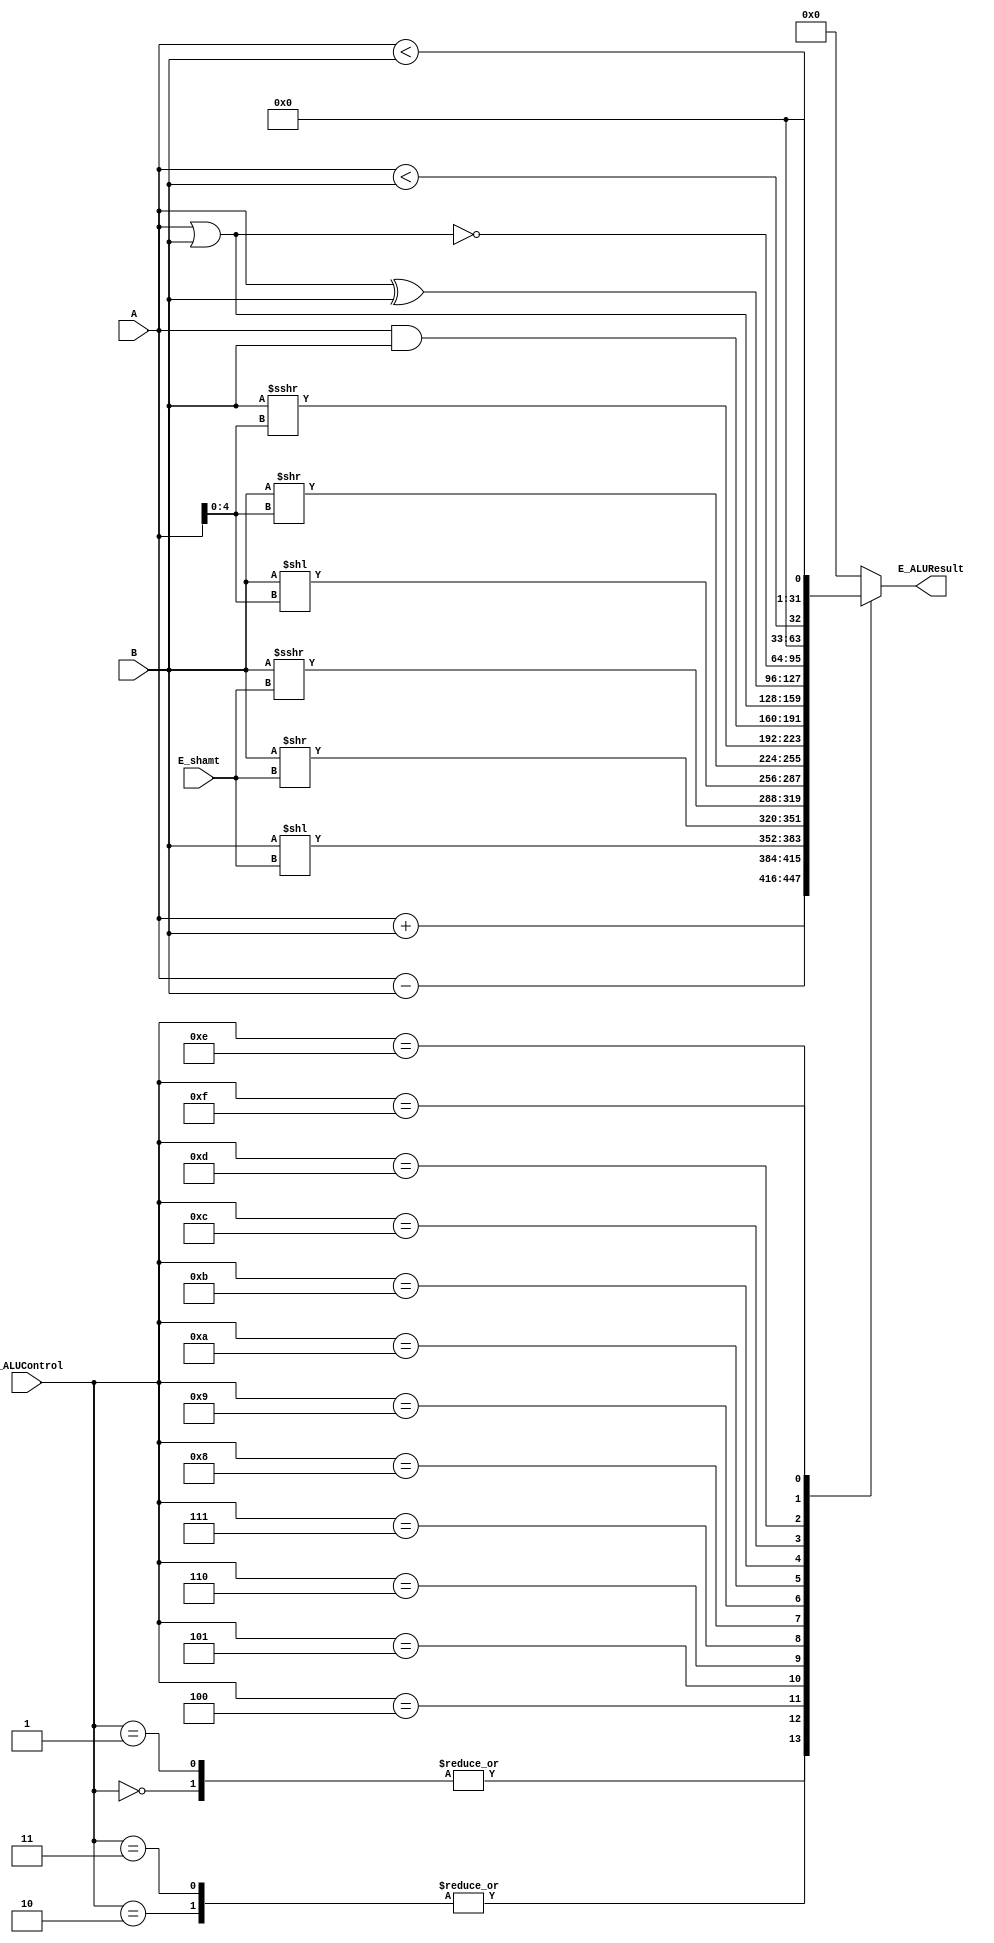
module E_ALU(
    input [31:0] A,
    input [31:0] B,
    input [4:0] E_ALUControl,
    input [4:0] E_shamt,
    output reg [31:0] E_ALUResult);

    parameter ADD_ALU = 5'd0, ADDU_ALU = 5'd1, SUB_ALU = 5'd2, SUBU_ALU = 5'd3;
    parameter SLL_ALU = 5'd4, SRL_ALU = 5'd5, SRA_ALU = 5'd6, SLLV_ALU = 5'd7;
    parameter SRLV_ALU = 5'd8, SRAV_ALU = 5'd9, AND_ALU = 5'd10, OR_ALU = 5'd11;
    parameter XOR_ALU = 5'd12, NOR_ALU = 5'd13, SLT_ALU = 5'd14, SLTU_ALU = 5'd15;

    always @(*) begin
        case (E_ALUControl)
            ADD_ALU:    E_ALUResult = A + B;
            ADDU_ALU:    E_ALUResult = A + B;
            SUB_ALU:    E_ALUResult = A - B;
            SUBU_ALU:    E_ALUResult = A - B;
            SLL_ALU:    E_ALUResult = B << E_shamt;
            SRL_ALU:    E_ALUResult = B >> E_shamt;
            SRA_ALU:    E_ALUResult = $signed(B) >>> E_shamt;
            SLLV_ALU:    E_ALUResult = B << (A[4:0]);
            SRLV_ALU:    E_ALUResult = B >> (A[4:0]);
            SRAV_ALU:    E_ALUResult = $signed(B) >>> (A[4:0]);
            AND_ALU:    E_ALUResult = A & B;
            OR_ALU:     E_ALUResult = A | B;
            XOR_ALU:    E_ALUResult = A ^ B;
            NOR_ALU:     E_ALUResult = ~(A | B);
            SLT_ALU:    E_ALUResult = {{31'd0}, $signed($signed(A) < $signed(B))};
            SLTU_ALU:    E_ALUResult = {{31'd0}, A < B};
            default:    E_ALUResult = 0;
        endcase
    end

endmodule